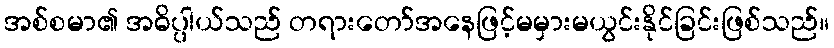
အစ်စမာ၏ အဓိပ္ပါယ်သည် တရားတော်အနေဖြင့်မမှားမယွင်းနိုင်ခြင်းဖြစ်သည်။